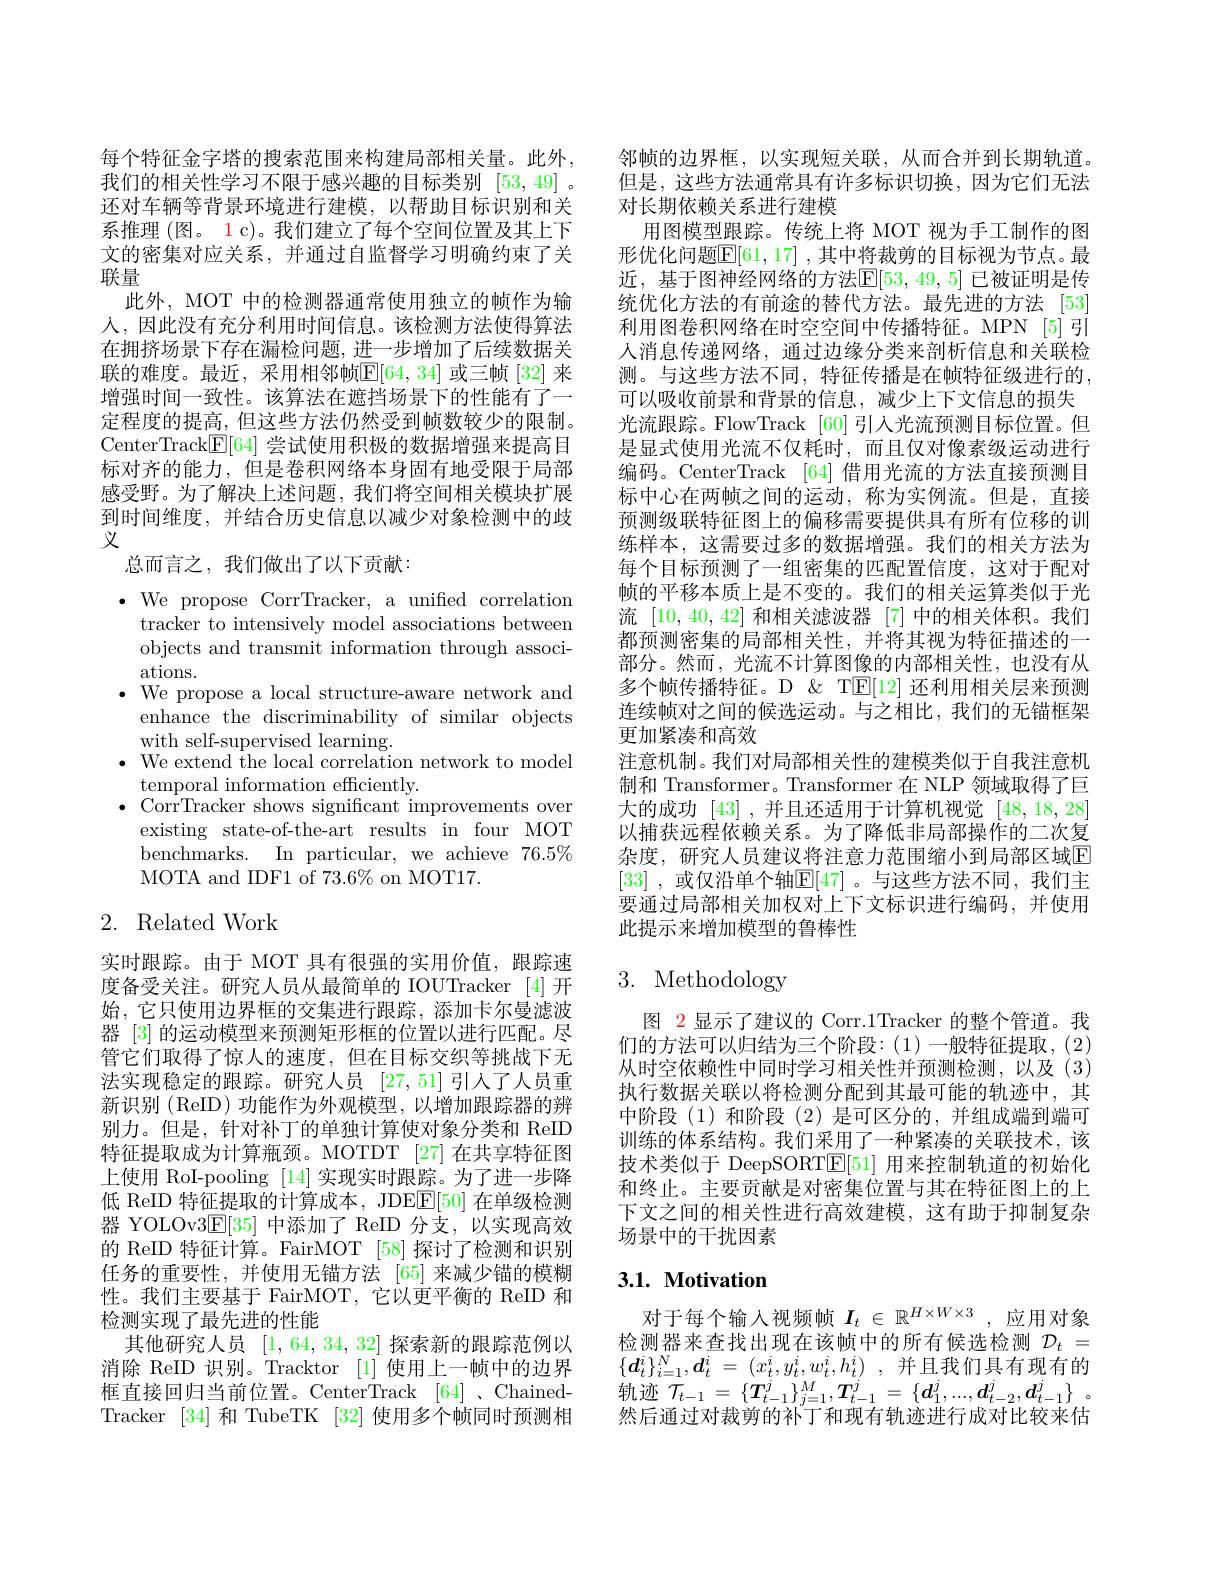
每个特征金字塔的搜索范围来构建局部相关量。此外， 我们的相关性学习不限于感兴趣的目标类别[53,49] 。还对车辆等背景环境进行建模，以帮助目标识别和关系推理 (图。1 c)。我们建立了每个空间位置及其上下文的密集对应关系，并通过自监督学习明确约束了关联量
此外，MOT 中的检测器通常使用独立的帧作为输人，因此没有充分利用时间信息。该检测方法使得算法在拥挤场景下存在漏检问题，进一步增加了后续数据关联的难度。最近，采用相邻帧$\mathbb{E}[64,34]$ 或三帧 [32] 来增强时间一致性。该算法在遮挡场景下的性能有了一定程度的提高，但这些方法仍然受到帧数较少的限制。CenterTrack$\underline{\mathrm{E}}[64]$尝试使用积极的数据增强来提高目标对齐的能力，但是卷积网络本身固有地受限于局部感受野。为了解决上述问题，我们将空间相关模块扩展到时间维度，并结合历史信息以减少对象检测中的歧义

总而言之，我们做出了以下贡献：

$\bullet$ We propose CorrTracker, a unified correlation
tracker to intensively model associations between objects and transmit information through associations.
$\bullet$ We propose a local structure-aware network and
enhance the discriminability of similar objects
with self-supervised learning.
$\bullet$ We extend the local correlation network to model
temporal information efficiently.
$\bullet$ CorrTracker shows significant improvements over
existing state-of-the-art results in four MOT $\bar{\text{benchmarks. }}$ In particular,we achieve $76. 5\%$ MOTA and IDF1 of $73.6\%$ on MOT17.

## 2. Related Work

实时跟踪。由于 MOT 具有很强的实用价值，跟踪速度备受关注。研究人员从最简单的 IOUTracker [4]开始，它只使用边界框的交集进行跟踪，添加卡尔曼滤波器 [3] 的运动模型来预测矩形框的位置以进行匹配。尽管它们取得了惊人的速度，但在目标交织等挑战下无法实现稳定的跟踪。研究人员[27,51]引入了人员重新识别(ReID)功能作为外观模型，以增加跟踪器的辨别力。但是，针对补丁的单独计算使对象分类和 ReID 特征提取成为计算瓶颈。MOTDT [27] 在共享特征图上使用 RoI-pooling [14] 实现实时跟踪。为了进一步降低 ReID 特征提取的计算成本，JDE$\underline{\mathrm{E}}[50]$在单级检测器 YOLOv3$\mathbb{E}[35]$中添加了 ReID 分支，以实现高效的 ReID 特征计算。FairMOT [58] 探讨了检测和识别任务的重要性，并使用无锚方法 [65]来减少锚的模糊性。我们主要基于 FairMOT,它以更平衡的 ReID 和检测实现了最先进的性能
其他研究人员[1,64,34,32]探索新的跟踪范例以消除 ReID 识别。Tracktor [1]使用上一帧中的边界框直接回归当前位置。CenterTrack [64]、ChainedTracker [34]和 TubeTK [32]使用多个帧同时预测相

邻帧的边界框，以实现短关联，从而合并到长期轨道。但是，这些方法通常具有许多标识切换，因为它们无法对长期依赖关系进行建模
用图模型跟踪。传统上将 MOT 视为手工制作的图形优化问题$\overline{\mathbb{E}}[61,17]$ ,其中将裁剪的目标视为节点。最近，基于图神经网络的方法$\mathbb{E}[53,49,5]$ 已被证明是传统优化方法的有前途的替代方法。最先进的方法 [53] 利用图卷积网络在时空空间中传播特征。MPN [5]引人消息传递网络，通过边缘分类来剖析信息和关联检测。与这些方法不同，特征传播是在帧特征级进行的， 可以吸收前景和背景的信息，减少上下文信息的损失光流跟踪。FlowTrack [60] 引人光流预测目标位置。但是显式使用光流不仅耗时，而且仅对像素级运动进行编码。CenterTrack [64] 借用光流的方法直接预测目标中心在两帧之间的运动，称为实例流。但是，直接预测级联特征图上的偏移需要提供具有所有位移的训练样本，这需要过多的数据增强。我们的相关方法为每个目标预测了一组密集的匹配置信度，这对于配对帧的平移本质上是不变的。我们的相关运算类似于光流[10,40,42]和相关滤波器 [7]中的相关体积。我们都预测密集的局部相关性，并将其视为特征描述的一部分。然而，光流不计算图像的内部相关性，也没有从多个帧传播特征。D & T$\mathbb{E}[12]$还利用相关层来预测连续帧对之间的候选运动。与之相比，我们的无锚框架更加紧凑和高效
注意机制。我们对局部相关性的建模类似于自我注意机制和 Transformer。Transformer 在 NLP 领域取得了巨大的成功[43] ,并且还适用于计算机视觉[48,18,28] 以捕获远程依赖关系。为了降低非局部操作的二次复杂度，研究人员建议将注意力范围缩小到局部区域$\mathbb{E}$ [33] ,或仅沿单个轴$\mathbb{E}[47]$ 。与这些方法不同，我们主要通过局部相关加权对上下文标识进行编码，并使用此提示来增加模型的鲁棒性

# 3. Methodology

图 2 显示了建议的 Corr.1Tracker 的整个管道。我们的方法可以归结为三个阶段：(1)一般特征提取，(2) 从时空依赖性中同时学习相关性并预测检测，以及(3) 执行数据关联以将检测分配到其最可能的轨迹中，其中阶段(1)和阶段(2)是可区分的，并组成端到端可训练的体系结构。我们采用了一种紧凑的关联技术，该技术类似于 DeepSORT$\mathbb{E}[51]$用来控制轨道的初始化和终止。主要贡献是对密集位置与其在特征图上的上下文之间的相关性进行高效建模，这有助于抑制复杂场景中的干扰因素

## $3. 1. \textbf{ Motivation}$

对于每个输入视频帧$I_t\in\mathbb{R}^{H\times W\times3}$,应用对象检测器来查找出现在该帧中的所有候选检测$\mathcal{D}_t=$ $\{ \boldsymbol{d}_t^i\} _{i= 1}^N, \boldsymbol{d}_t^i= ( x_t^i, y_t^i, w_t^i, h_t^i)$ ,并且我们具有现有的轨迹$\mathcal{T} _t- 1$ = $\{ \boldsymbol{T}_{t- 1}^{j}\} _{j= 1}^{M}, \boldsymbol{T}_{t- 1}^{j}$ = $\{ \boldsymbol{d}_{1}^{j}, . . . , \boldsymbol{d}_{t- 2}^{j}, \boldsymbol{d}_{t- 1}^{j}\}$ 。然后通过对裁剪的补丁和现有轨迹进行成对比较来估